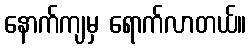
နောက်ကျမှ ရောက်လာတယ်။